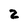
Character: 2